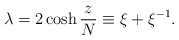
\begin{align*}\lambda = 2\cosh {z\over N} \equiv \xi + \xi ^{-1}.\end{align*}